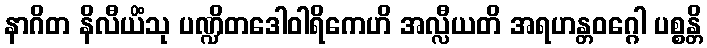
နာဂိတ နိလီယိံသု ပဏ္ဍိတဒေါဝါရိကေဟိ အလ္လီယတိ အရဟန္တဝဂ္ဂေါ ပစ္စန္တိ